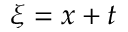
\xi = x + t